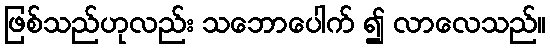
ဖြစ်သည်ဟုလည်း သဘောပေါက် ၍ လာလေသည်။